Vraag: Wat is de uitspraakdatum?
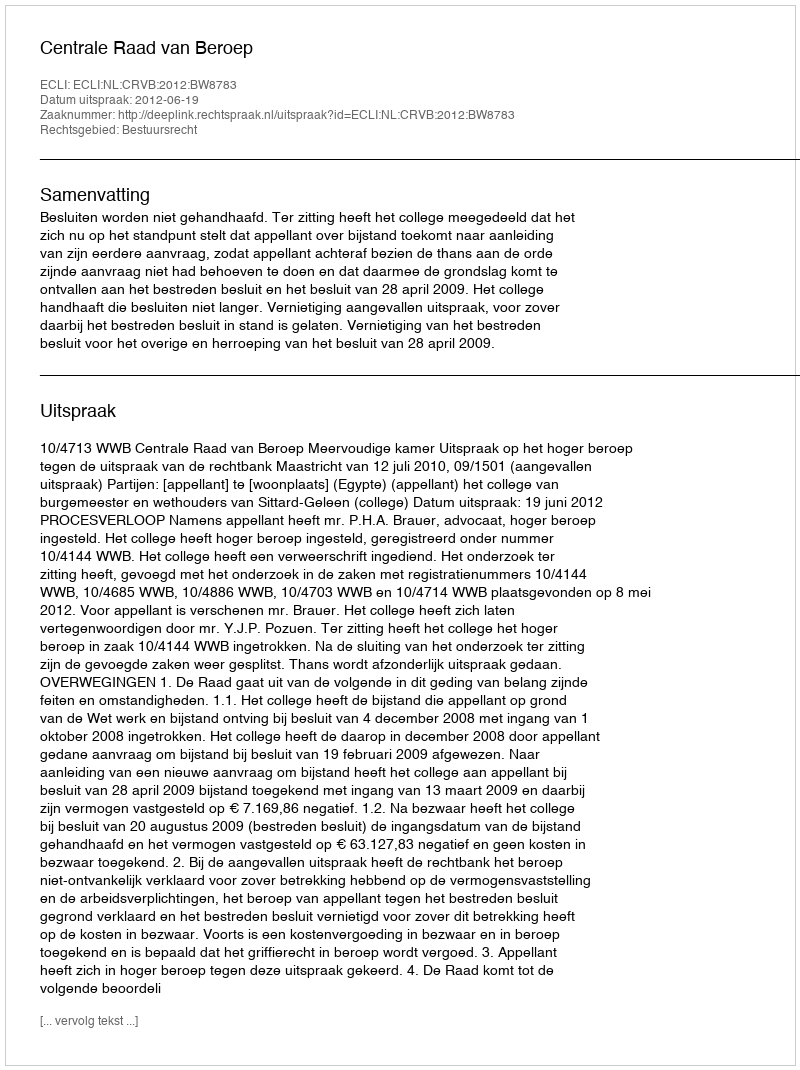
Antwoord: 2012-06-19